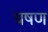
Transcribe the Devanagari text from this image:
घषण